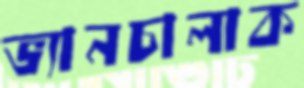
ভ্যানচালাক